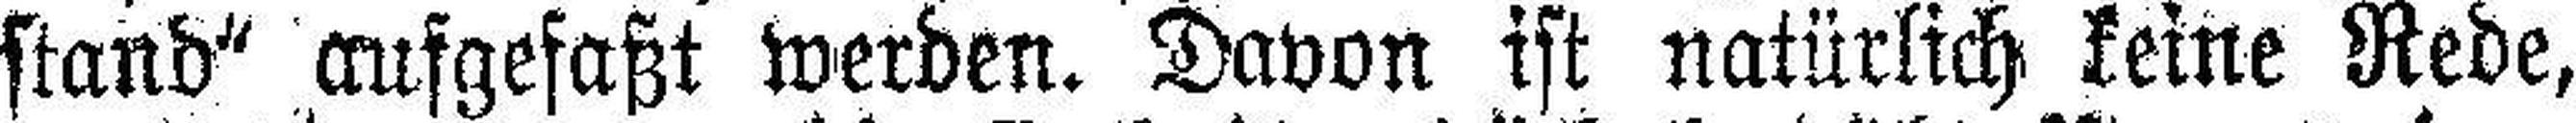
stand“ aufgefaßt werden. Davon ist natürlich keine Rede,